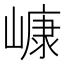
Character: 嵻